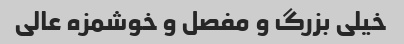
خیلی بزرگ و مفصل و خوشمزه عالی